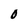
Character: 0